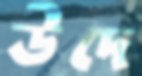
উদে